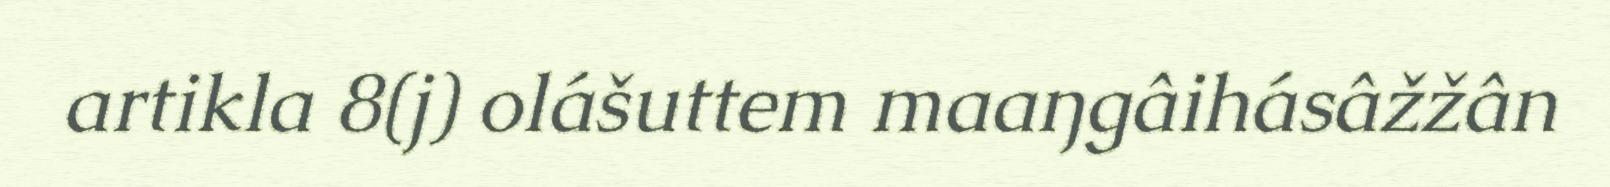
artikla 8(j) olášuttem maaŋgâihásâžžân